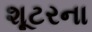
શૂટરના